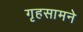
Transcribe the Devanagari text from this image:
गृहसामने